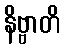
နိဗ္ဗာတိ